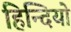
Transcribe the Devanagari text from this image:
हिन्दियो